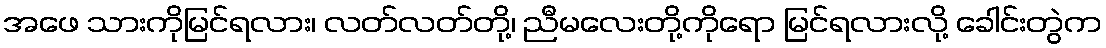
အဖေ သားကိုမြင်ရလား၊ လတ်လတ်တို့၊ ညီမလေးတို့ကိုရော မြင်ရလားလို့ ခေါင်းတွဲက